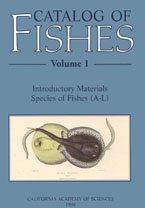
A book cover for Catalog of Fishes; William N. Eschmeyer; Sports & Outdoors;